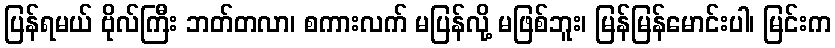
ပြန်ရမယ် ဗိုလ်ကြီး ဘတ်တလာ၊ စကားလက် မပြန်လို့ မဖြစ်ဘူး၊ မြန်မြန်မောင်းပါ၊ မြင်းက